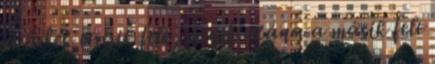
a ledek egyik fele, majd utána a másik fele